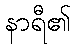
နာရီ၏